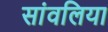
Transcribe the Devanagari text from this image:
सांवलिया